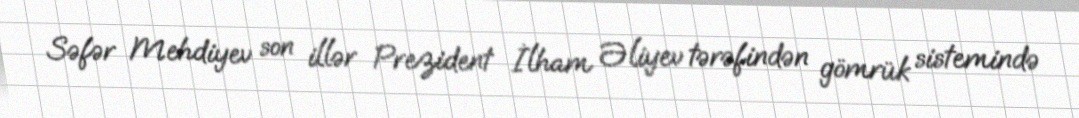
Səfər Mehdiyev son illər Prezident İlham Əliyev tərəfindən gömrük sistemində